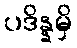
ပဒိန္နမှိ